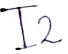
Text: I2